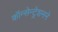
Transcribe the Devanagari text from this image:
कॉन्सेन्ट्रेशनने